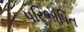
પરિભાષિત